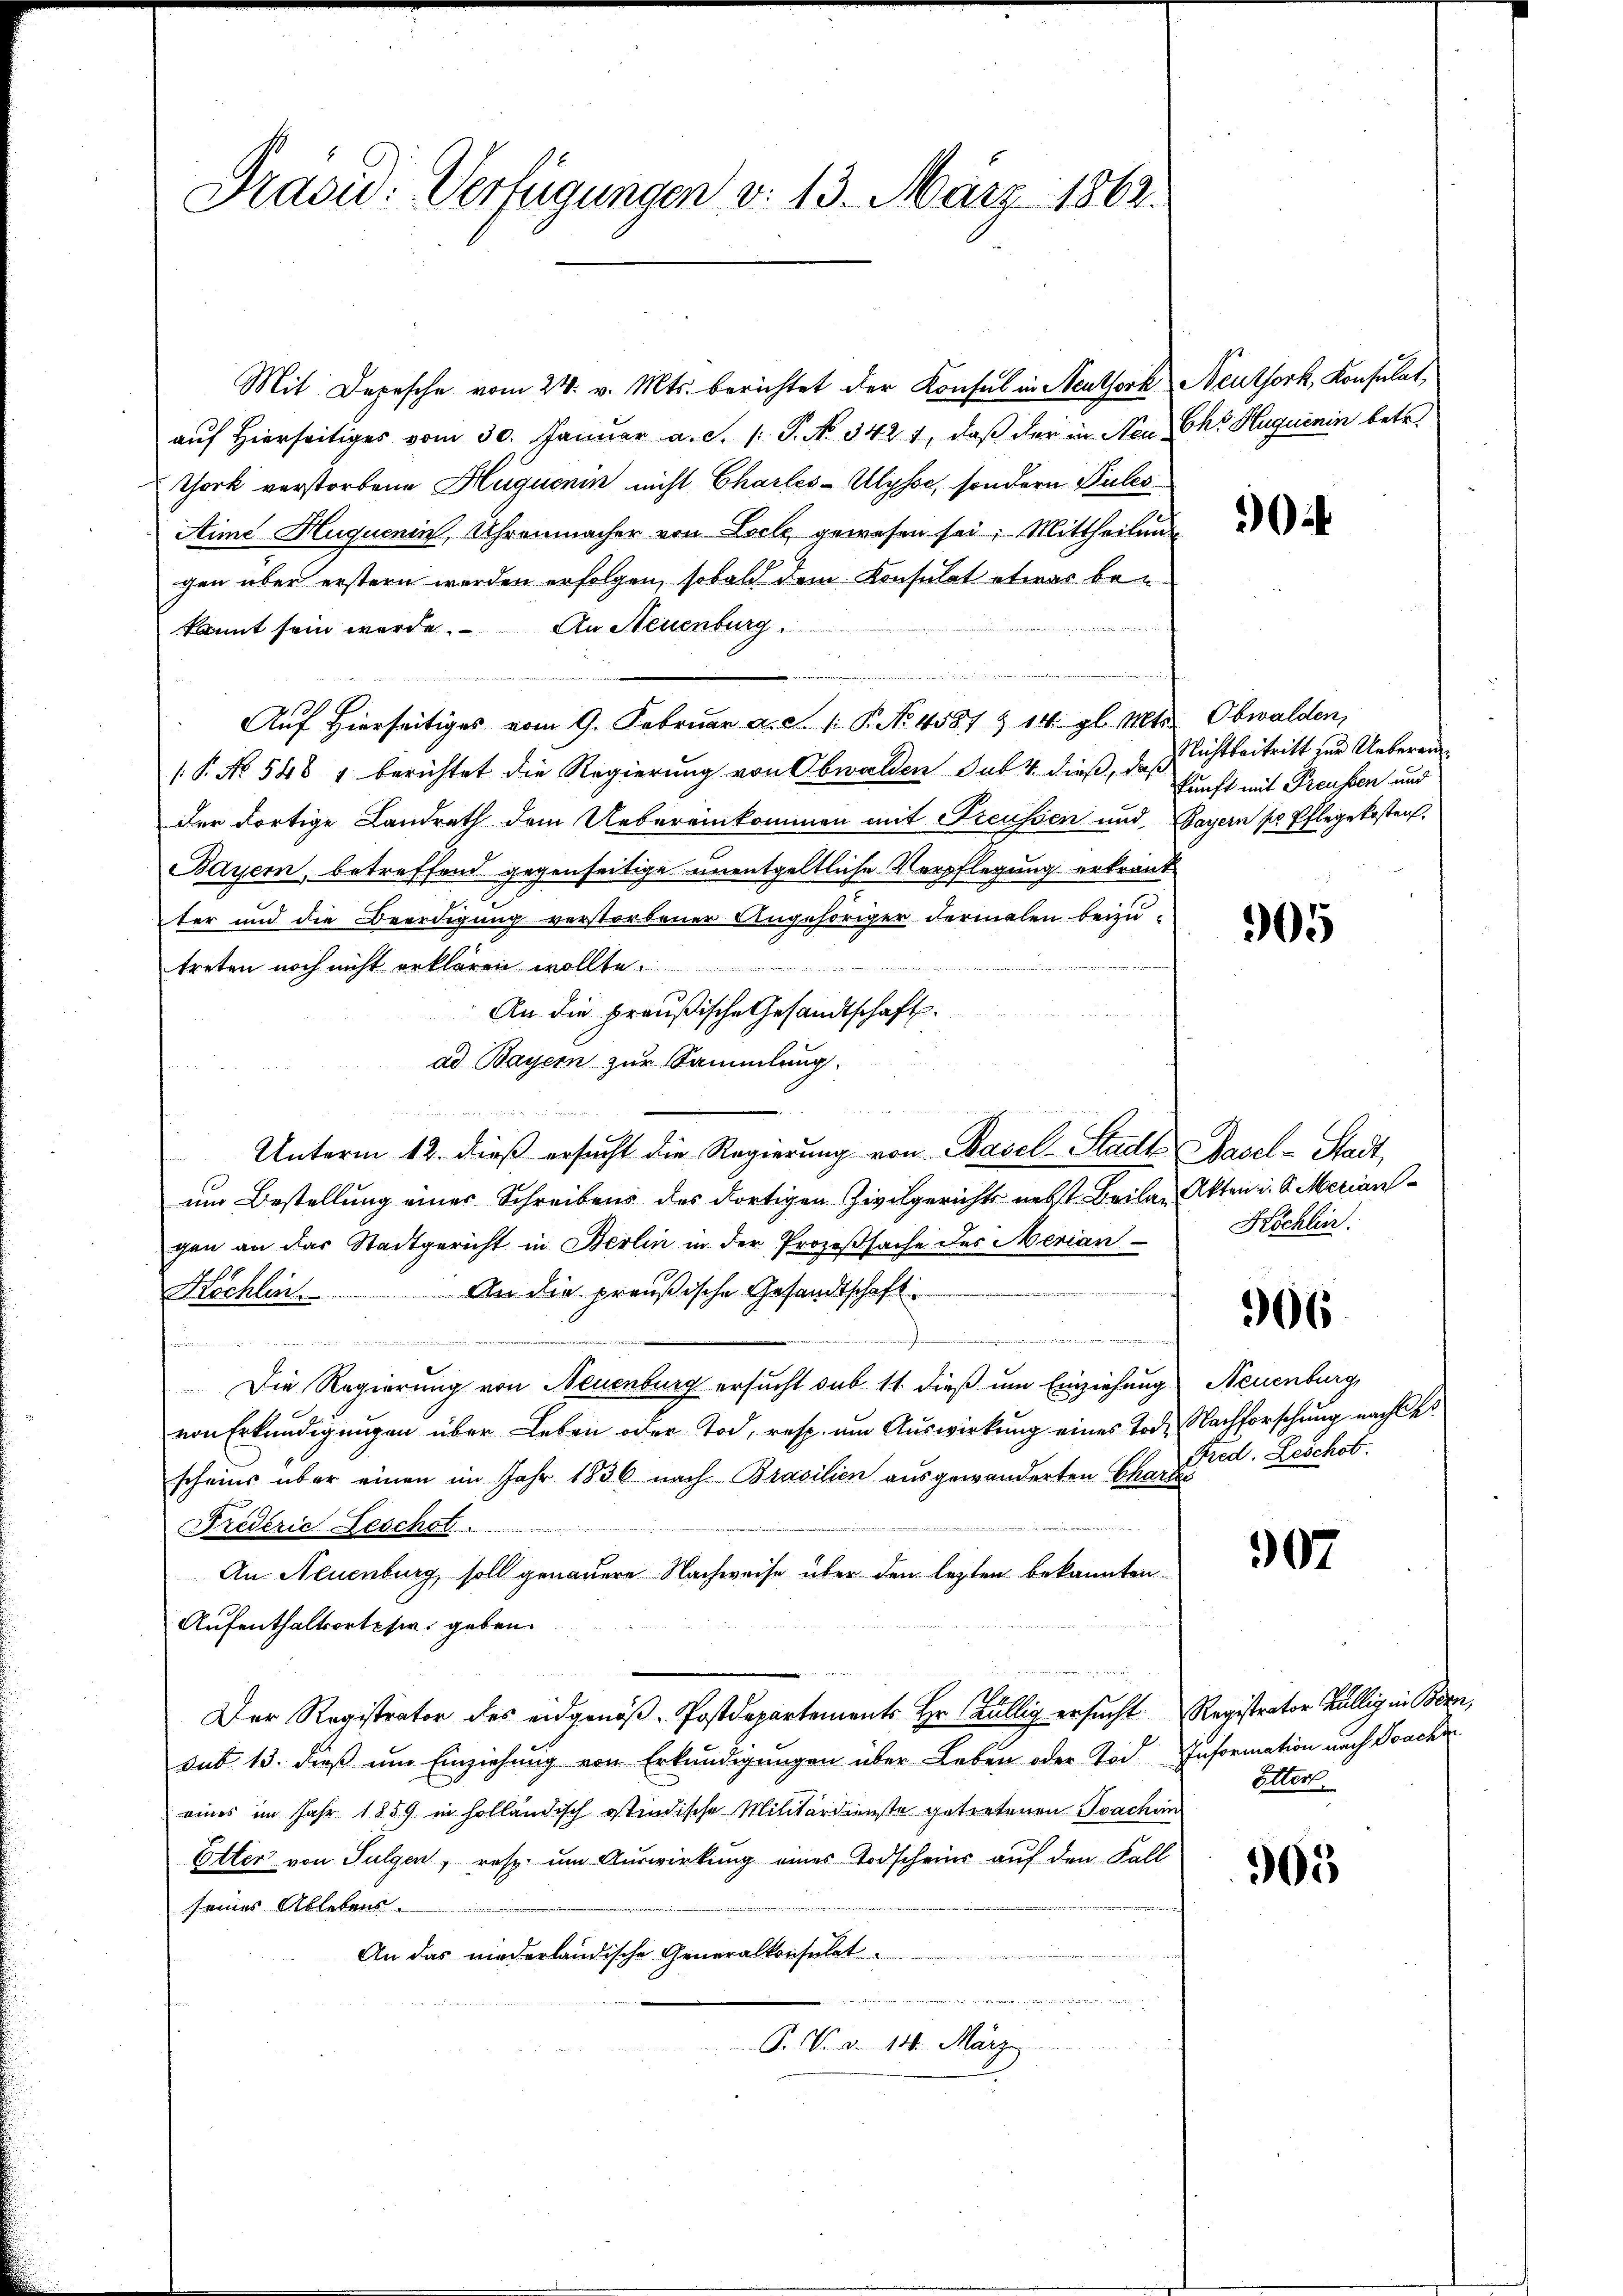
Mit Depesche vom 24. v. Mts. berichtet der Konsul in Neuthork Neuthork, Konsulat,
auf Hierseitiges vom 30. Januar a. d. 1. P. N. 342. 1, daß der in Nei Cho Huquenin betr.
Thork verstorbene Hüguenin nicht Charles-Ulysse, sondern Pules
Stime Huquenin, Uhrenmacher von Locle, gewesen sei; Mittheilung
gen über erstern werden erfolgen, sobald dem Konsulat etwas bekannt sein werde. An Neuenburg
Auf Hierseitiges vom 9. Februar a. c. 1. P. No 4581 & 14. gl. Mts. Obwalden,
[P. No. 546 & berichtet die Regierung von Obwalden sub 4 dieß, daß
der dortige Landrath dem Uebereinkommen mit Freussen und Bayern pr Pflegekosten,
Bayern, betreffend gegenseitige unentgeltliche Verpflegung erkrante
ter und die Beerdigung verstorbener Angehöriger dermalen beizu-
treten noch nicht erklären wollte
13
An die preußische Gesandtschaft.
ad Bayern zur Sammlung.

Unterm 12. dieß ersucht die Regierung von Basel-Stadt Basel-Stadt,
um Bestellung eines Schreibens des dortigen Zivilgerichts nebst Beilan Akten u. S. Meriangen an das Stadtgericht in Berlin in der Prozeßsache des Merian
An die preußische Gesandtschaft
Köchlin.
.

h
Die Regierung von Neuenburg ersucht sub 11 dieß um Einziehung
von Erkundigŭngen über Leben oder Tod, resp. am Auswirkung eines Tod. Nachforschung nachtescheins über einen im Jahr 1836 nach Brasilien ausgewanderten Chance d. Leschob
Frederie Beschol
An Neuenburg, soll genauere Nachweise über den lezten bekannten
Aufenthaltsorteser geben.
Der Registrator des eidgenöß-Postdepartemente Hr. Bällig ersucht. Registrator Bällig in Bern,
sub. 13. dieß um Einziehung von Erkundigungen über Loben oder Tod. Information nach Joachi
eines im Jahr 1859 in holländisch istindische Militärdienste getretenen Joachim
Etter von Sulgen, resp. um Auswirkung eines Todscheins auf den Fall
seines Ablebens.
An das niederländische Generalkonsulat

P. V. d. 14. März

Präsid. Verfügungen d. 13. März 1862.

if

Nichtbeitritt zur Uebereinkunft mit Preussen und

905

Köchlin.

366.

Neuenburg

907

ötter.

305